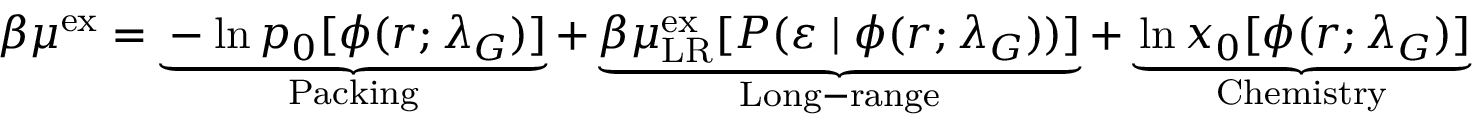
\begin{array} { r } { \beta \mu ^ { \mathrm { { e x } } } = \underbrace { - \ln p _ { 0 } [ \phi ( r ; \lambda _ { G } ) ] } _ { \mathrm { P a c k i n g } } + \underbrace { \beta \mu _ { \mathrm { { L R } } } ^ { \mathrm { e x } } [ P ( \varepsilon \; | \; \phi ( r ; \lambda _ { G } ) ) ] } _ { \mathrm { L o n g - r a n g e } } + \underbrace { \ln x _ { 0 } [ \phi ( r ; \lambda _ { G } ) ] } _ { \mathrm { C h e m i s t r y } } } \end{array}